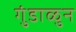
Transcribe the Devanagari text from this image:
गुंडाळुन